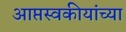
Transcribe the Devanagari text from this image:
आप्तस्वकीयांच्या